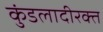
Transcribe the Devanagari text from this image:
कुंडलादीरक्त